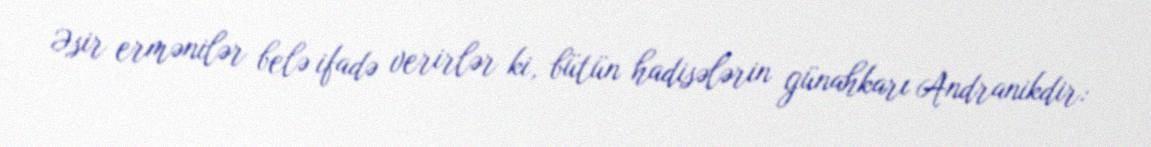
Əsir ermənilər belə ifadə verirlər ki, bütün hadisələrin günahkarı Andranikdir: